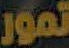
تمور